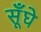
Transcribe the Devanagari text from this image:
सूँघे